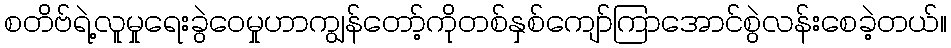
စတိဗ်ရဲ့လူမှုရေးခွဲဝေမှုဟာကျွန်တော့်ကိုတစ်နှစ်ကျော်ကြာအောင်စွဲလန်းစေခဲ့တယ်။